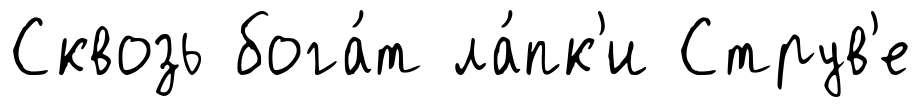
Сквозь бога́т ла́пк'и Струв'е